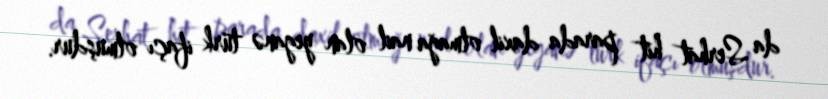
da Serhat hit parada daxil olmağa nail olan yeganə türk ifaçı olmuşdur.